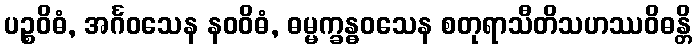
ပဉ္စဝိဓံ, အင်္ဂဝသေန နဝဝိဓံ, ဓမ္မက္ခန္ဓဝသေန စတုရာသီတိသဟဿဝိဓန္တိ